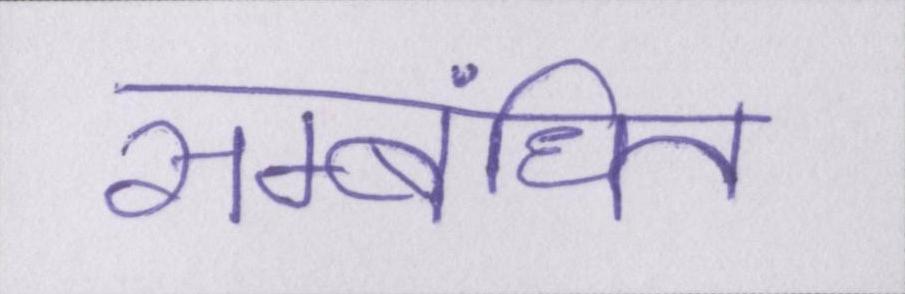
सम्बंधित